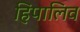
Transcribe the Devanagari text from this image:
हिपालिव